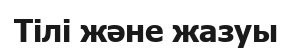
Тілі және жазуы